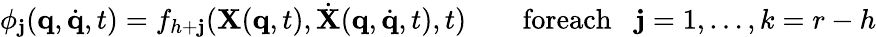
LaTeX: \phi_{\mathbf{j}}({\mathbf{q}},{\dot{{\mathbf{q}}}},t)=f_{h+\mathbf{j}}({\mathbf{X}}({\mathbf{q}},t),{\dot{{\mathbf{X}}}}({\mathbf{q}},{\dot{{\mathbf{q}}}},t),t)\qquad\textrm{{foreach}}\; \; \; \mathbf{j}=1,\dots,k=r-h